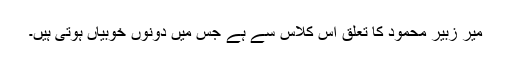
میر زبیر محمود کا تعلق اس کلاس سے ہے جس میں دونوں خوبیاں ہوتی ہیں۔